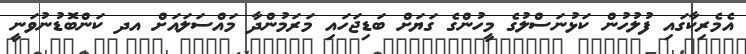
އެމެރިކާގައި ފުލުހުން ކަޅުނަސްލުގެ މީހުންގެ ގަޔަށް ބަޑިޖަހައި މަރަމުންދާ މައްސަލައަށް އދ ކަންބޮޑުނުވަނީ